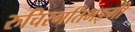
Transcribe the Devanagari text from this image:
रुचिरगतिभङ्गी